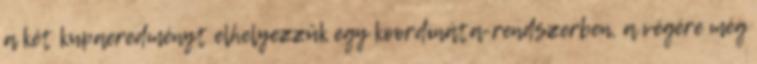
a két kupaeredményt elhelyezzük egy koordináta-rendszerben, a végére még